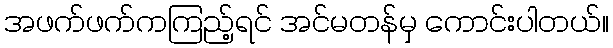
အဖက်ဖက်ကကြည့်ရင် အင်မတန်မှ ကောင်းပါတယ်။